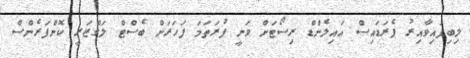
ލިބިފައިވާއިރު ޕެރަޑައިސް އައިލެންޑް ރިސޯޓަށް ވަނީ ފުރަތަމަ ފަހަރަށް ބެސްޓް ލަގްޒަރީ ކޮންފަރެންސް